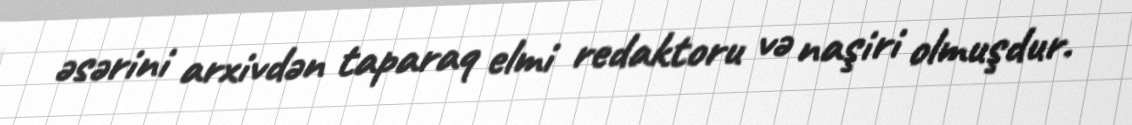
əsərini arxivdən taparaq elmi redaktoru və naşiri olmuşdur.